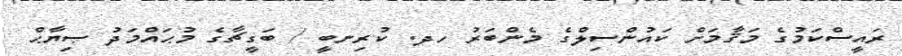
ރައީސްކަމުގެ މަޤާމަށް ކައުންސިލްގެ މެންބަރު ހދ. ކުރިނބީ / ބަގީޗާގެ މުޙައްމަދު ޞިޔާޙް